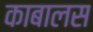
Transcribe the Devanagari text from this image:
काबालस